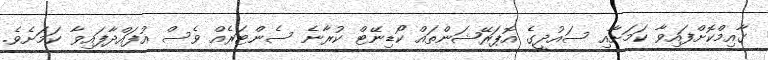
ގާއިމްކޮށްފައިވާ ކަމަށާއި ސައުދީގެ އޮޕަރޭޝަންތައް ކޯޑިނޭޓް ކުރާނެ ސެންޓަރެއް ވެސް އުފައްދާފައިވާ ކަމަށެވެ.